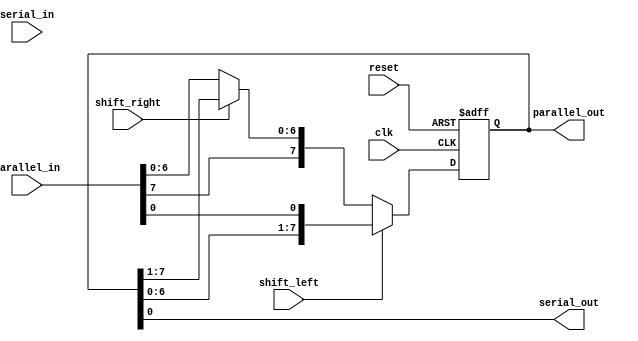
module shift_register (
    input         clk,
    input         reset,
    input         shift_left,
    input         shift_right,
    input         serial_in,
    input  [7:0]  parallel_in,
    output [7:0]  parallel_out,
    output        serial_out
);

reg [7:0] reg_data;

always @ (posedge clk or posedge reset) begin
    if (reset) begin
        reg_data <= 8'b0;
    end else begin
        if (shift_left) begin
            reg_data <= {reg_data[6:0], parallel_in[0]};
        end else if (shift_right) begin
            reg_data <= {parallel_in[7], reg_data[7:1]};
        end else begin
            reg_data <= parallel_in;
        end
    end
end

assign parallel_out = reg_data;
assign serial_out = reg_data[0];

endmodule